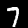
Digit: 7